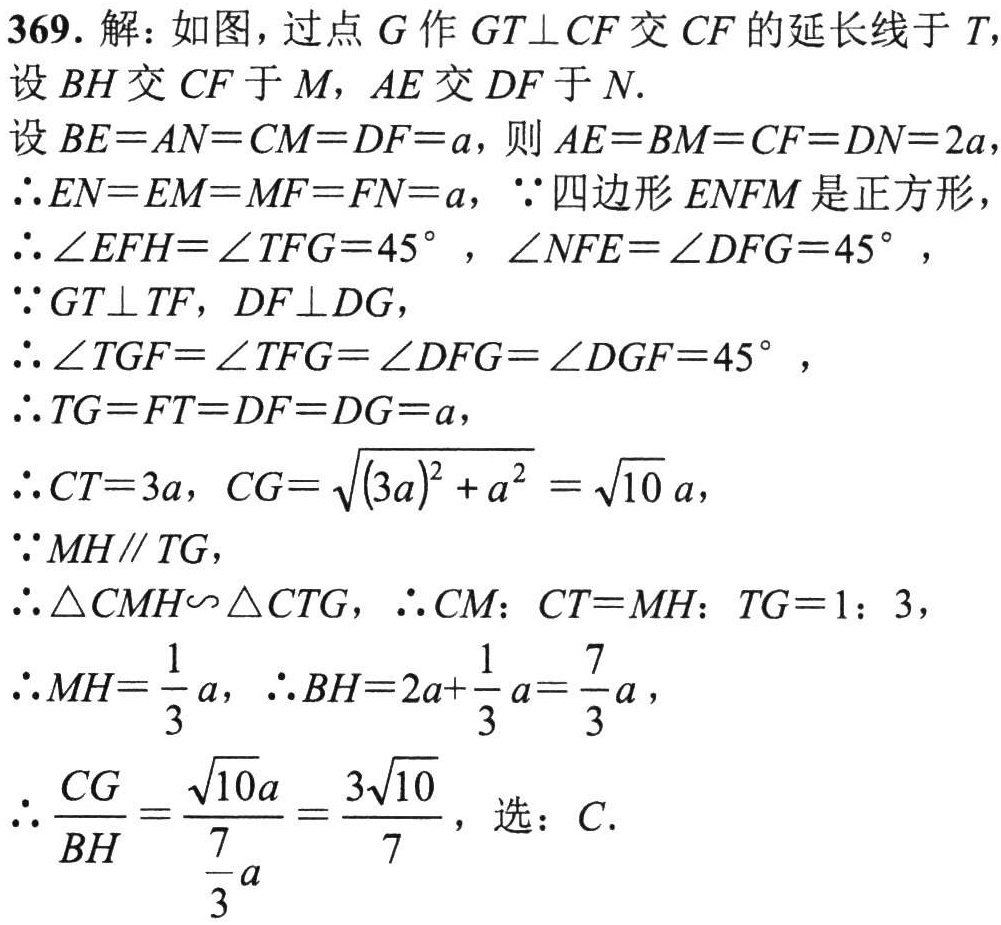
369. 解：如图，过点 \(G\) 作 \(GT\perp CF\) 交 \(CF\) 的延长线于 \(T\)，

设 \(BH\) 交 \(CF\) 于 \(M\)，\(AE\) 交 \(DF\) 于 \(N\).

设 \(BE = AN=CM = DF=a\)，则 \(AE = BM=CF = DN = 2a\)，

\(\therefore EN=EM = MF=FN=a\)，\(\because\) 四边形 \(ENFM\) 是正方形，

\(\therefore\angle EFH=\angle TFG = 45^{\circ}\)，\(\angle NFE=\angle DFG = 45^{\circ}\)，

\(\because GT\perp TF\)，\(DF\perp DG\)，

\(\therefore\angle TGF=\angle TFG=\angle DFG=\angle DGF = 45^{\circ}\)，

\(\therefore TG=FT = DF=DG=a\)，

\(\therefore CT = 3a\)，\(CG=\sqrt{(3a)^{2}+a^{2}}=\sqrt{10}a\)，

\(\because MH\parallel TG\)，

\(\therefore\triangle CMH\sim\triangle CTG\)，\(\therefore CM:CT = MH:TG=1:3\)，

\(\therefore MH=\frac{1}{3}a\)，\(\therefore BH = 2a+\frac{1}{3}a=\frac{7}{3}a\)，

\(\therefore\frac{CG}{BH}=\frac{\sqrt{10}a}{\frac{7}{3}a}=\frac{3\sqrt{10}}{7}\)，选：\(C\).